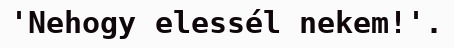
'Nehogy elessél nekem!'.